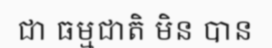
ជា ធម្មជាតិ មិន បាន